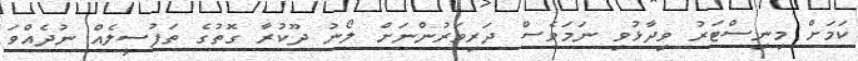
ކަމަށް މިނިސްޓަރު ވިދާޅުވި ނަމަވެސް ދަރިވަރުންނަށް ލޯނު ދޫކުރާ ގޮތުގެ ތަފުސީލެއް ނުދެއްވަ